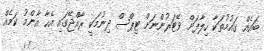
ބައެއް ގައުމުތަކާ ހިލާފަށް ވޭޓަރުންނަށް ޓިޕްސް ދިނުމަކީ ރާއްޖޭގައި އެހާ އާންމު ކަމެއް